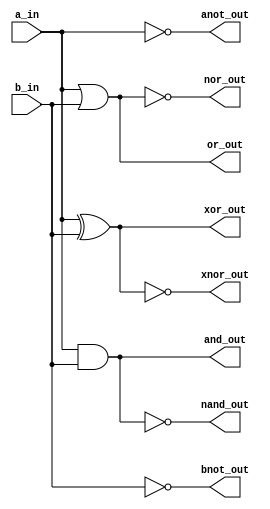
`timescale 1ns / 1ps
//////////////////////////////////////////////////////////////////////////////////
// Company: 
// Engineer: 
// 
// Design Name: 
// Module Name: assign_gates
// Project Name: 
// Target Devices: 
// Tool Versions: 
// Description: 
// 
// Dependencies: 
// 
// Revision:
// Revision 0.01 - File Created
// Additional Comments:
// 
//////////////////////////////////////////////////////////////////////////////////


module assign_gates(input a_in, b_in,
    output and_out, or_out, xor_out, anot_out, bnot_out, nand_out, nor_out, xnor_out
    );
    assign and_out=a_in & b_in;
    assign or_out=a_in | b_in;
    assign xor_out=a_in ^ b_in;
    assign anot_out=~a_in;    
    assign bnot_out=~b_in;
    assign nand_out=~(a_in&b_in);
    assign nor_out=~(a_in|b_in);
    assign xnor_out=~(a_in^b_in);
endmodule